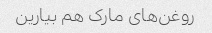
روغن‌های مارک هم بیارین